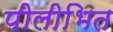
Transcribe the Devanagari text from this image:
पीलीभित